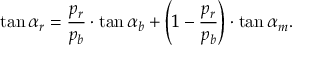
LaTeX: \tan \alpha _ { r } = { \frac { p _ { r } } { p _ { b } } } \cdot \tan \alpha _ { b } + \left( 1 - { \frac { p _ { r } } { p _ { b } } } \right) \cdot \tan \alpha _ { m } .